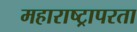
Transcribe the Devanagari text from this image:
महाराष्ट्रापरता